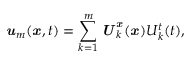
{ \boldsymbol { \mathbf { \mathit { u } } } } _ { m } ( { \boldsymbol { \mathbf { \mathit { x } } } } , t ) = \sum _ { k = 1 } ^ { m } { \boldsymbol { \mathbf { \mathit { U } } } } _ { k } ^ { \boldsymbol { \mathbf { \mathit { x } } } } ( { \boldsymbol { \mathbf { \mathit { x } } } } ) U _ { k } ^ { t } ( t ) ,